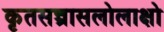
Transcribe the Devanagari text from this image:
कृतसन्त्रासलोलाक्षो